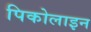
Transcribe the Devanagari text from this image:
पिकोलाइन